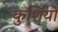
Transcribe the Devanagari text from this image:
कुर्शियों